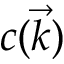
c ( \vec { k } )